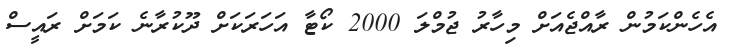
އެހެންކަމުން ރާއްޖެއަށް މިހާރު ޖުމްލަ 2000 ކޯޓާ އަހަރަކަށް ދޫކުރާނެ ކަމަށް ރައީސް